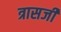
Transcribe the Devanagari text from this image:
त्रासजी